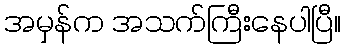
အမှန်က အသက်ကြီးနေပါပြီ။